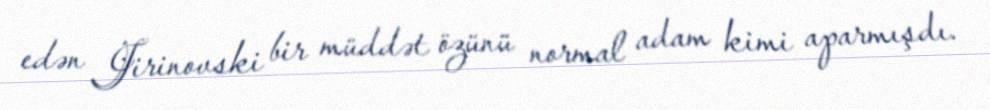
edən Jirinovski bir müddət özünü normal adam kimi aparmışdı.